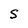
Character: S